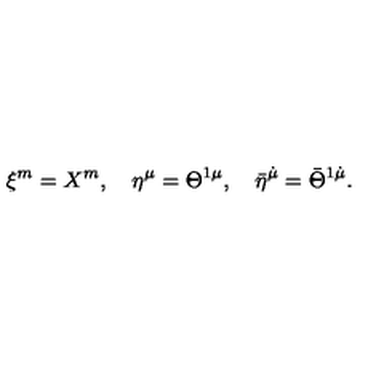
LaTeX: \xi ^ { m } = X ^ { m } , \quad \eta ^ { \mu } = \Theta ^ { 1 \mu } , \quad \bar { \eta } ^ { \dot { \mu } } = \bar { \Theta } ^ { 1 \dot { \mu } } .